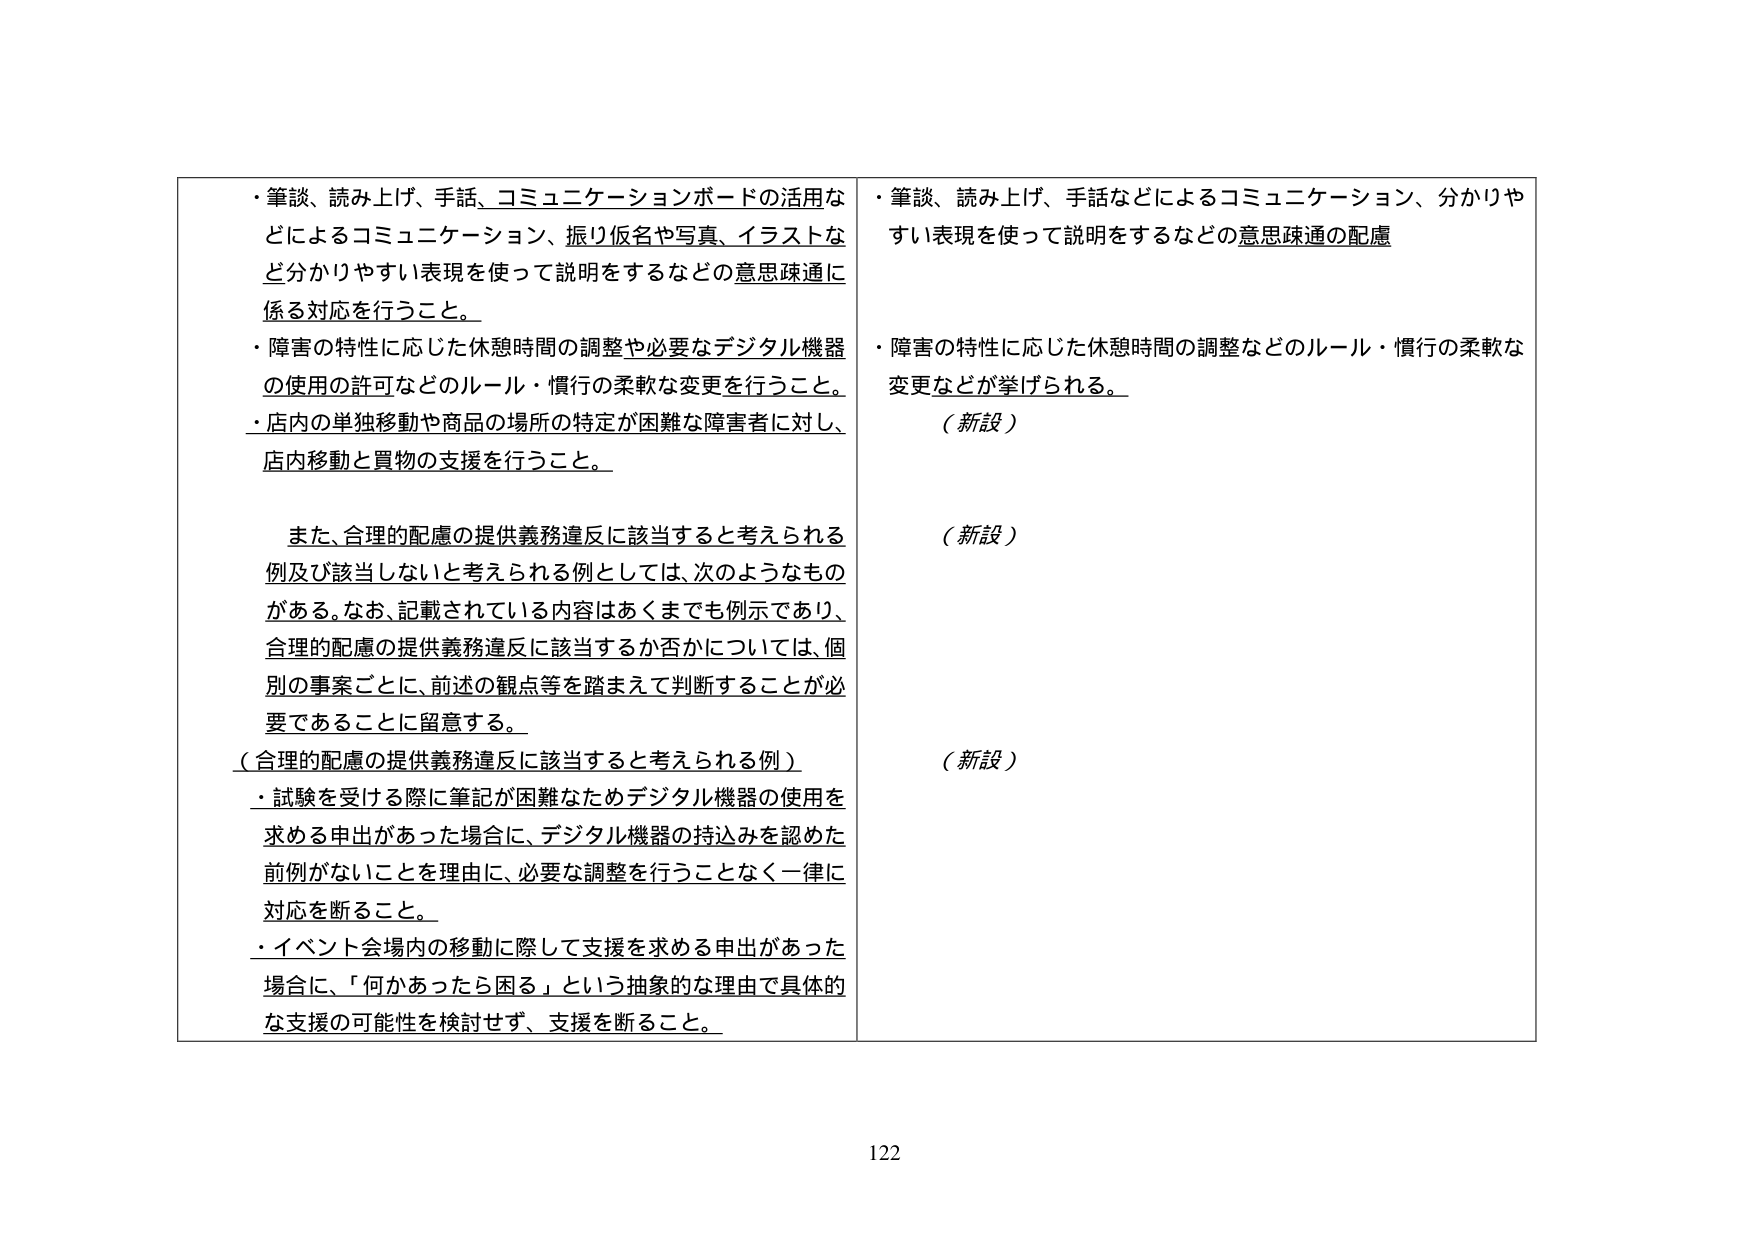
・筆談、読み上げ、手話、コミュニケーションボードの活用などによるコミュニケーション、振り仮名や写真、イラストなど分かりやすい表現を使って説明をするなどの意思疎通に係る対応を行うこと。

・障害の特性に応じた休憩時間の調整や必要なデジタル機器の使用の許可などのルール・慣行の柔軟な変更を行うこと。

・店内の単独移動や商品の場所の特定が困難な障害者に対し、店内移動と買物の支援を行うこと。

また、合理的配慮の提供義務違反に該当すると考えられる例及び該当しないと考えられる例としては、次のようなものがある。なお、記載されている内容はあくまでも例示であり、合理的配慮の提供義務違反に該当するか否かについては、個別の事案ごとに、前述の観点等を踏まえて判断することが必要であることに留意する。

（合理的配慮の提供義務違反に該当すると考えられる例）
・試験を受ける際に筆記が困難なためデジタル機器の使用を求める申出があった場合に、デジタル機器の持込みを認めた前例がないことを理由に、必要な調整を行うことなく一律に対応を断ること。

・イベント会場内の移動に際して支援を求める申出があった場合に、「何かあったら困る」という抽象的な理由で具体的な支援の可能性を検討せず、支援を断ること。

・筆談、読み上げ、手話などによるコミュニケーション、分かりやすい表現を使って説明をするなどの意思疎通の配慮

・障害の特性に応じた休憩時間の調整などのルール・慣行の柔軟な変更などが挙げられる。

（新設）

（新設）

（新設）

122